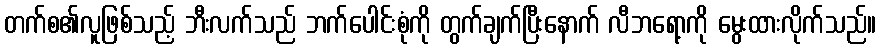
တက်စ၏လူဖြစ်သည့် ဘီးလက်သည် ဘက်ပေါင်းစုံကို တွက်ချက်ပြီးနောက် လီဘရော့ကို မွေးထားလိုက်သည်။